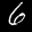
Digit: 6